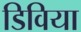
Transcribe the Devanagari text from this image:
डिविया